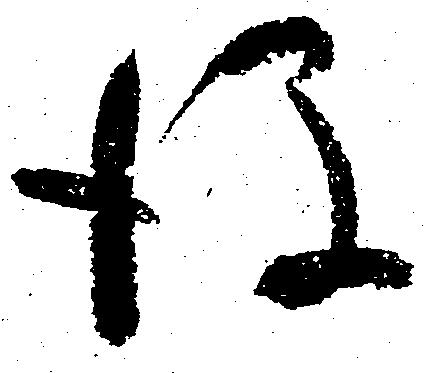
後